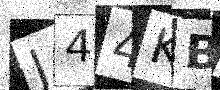
Text: J44KBW